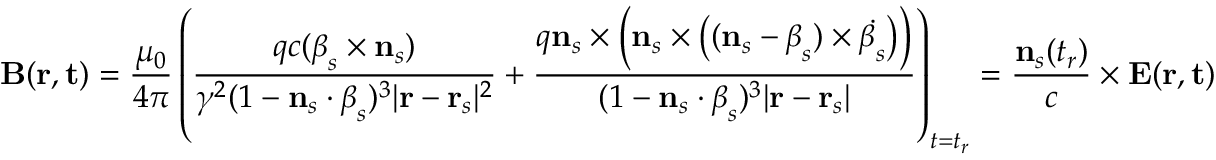
\mathbf { B } ( \mathbf { r } , \mathbf { t } ) = { \frac { \mu _ { 0 } } { 4 \pi } } \left( { \frac { q c ( { \boldsymbol { \beta } } _ { s } \times \mathbf { n } _ { s } ) } { \gamma ^ { 2 } ( 1 - \mathbf { n } _ { s } \cdot { \boldsymbol { \beta } } _ { s } ) ^ { 3 } | \mathbf { r } - \mathbf { r } _ { s } | ^ { 2 } } } + { \frac { q \mathbf { n } _ { s } \times { \Big ( } \mathbf { n } _ { s } \times { \big ( } ( \mathbf { n } _ { s } - { \boldsymbol { \beta } } _ { s } ) \times { \dot { { \boldsymbol { \beta } } _ { s } } } { \big ) } { \Big ) } } { ( 1 - \mathbf { n } _ { s } \cdot { \boldsymbol { \beta } } _ { s } ) ^ { 3 } | \mathbf { r } - \mathbf { r } _ { s } | } } \right) _ { t = t _ { r } } = { \frac { \mathbf { n } _ { s } ( t _ { r } ) } { c } } \times \mathbf { E } ( \mathbf { r } , \mathbf { t } )